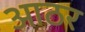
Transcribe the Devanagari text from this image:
आठर